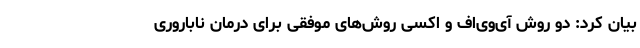
بیان کرد: دو روش آی‌وی‌اف و اکسی روش‌های موفقی برای درمان ناباروری